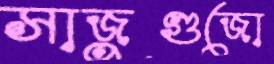
সাজুগুজো